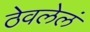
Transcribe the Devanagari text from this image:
ठेवलेलं